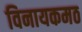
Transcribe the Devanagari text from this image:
विनायकमठ